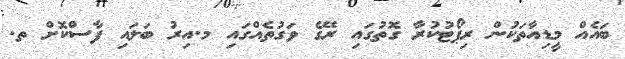
ބައެއް މީޑިއާތަކުން ރިޕޯޓުކުރާ ގޮތުގައި ރޭގެ ވަގުތެއްގައި މ.އިރު ބަލައި ފާސްކޮށް ތ.